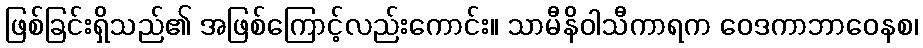
ဖြစ်ခြင်းရှိသည်၏ အဖြစ်ကြောင့်လည်းကောင်း။ သာမီနိဝါသီကာရက ဝေဒကာဘာဝေနစ၊